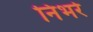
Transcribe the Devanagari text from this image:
निभर्र